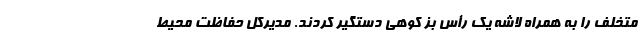
متخلف را به همراه لاشه یک رأس بز کوهی دستگیر کردند. مدیرکل حفاظت محیط